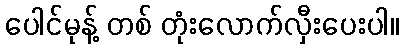
ပေါင်မုန့် တစ် တုံးလောက်လှီးပေးပါ။